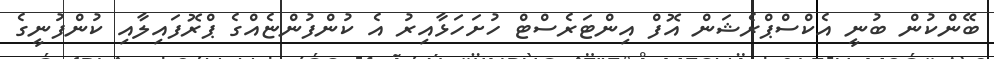
ބޭންކުން ބުނީ އެކްސްޕްރެޝަން އޮފް އިންޓަރެސްޓް ހުށަހަޅާއިރު އެ ކުންފުންޏެއްގެ ޕްރޮފައިލާއި ކުންފުނީގެ